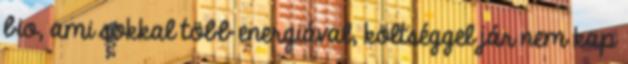
bio, ami sokkal több energiával, költséggel jár nem kap